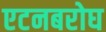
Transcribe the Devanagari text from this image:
एटनबरोघ